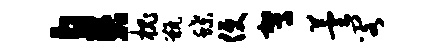
臭槐甑蝶便驾芸阁